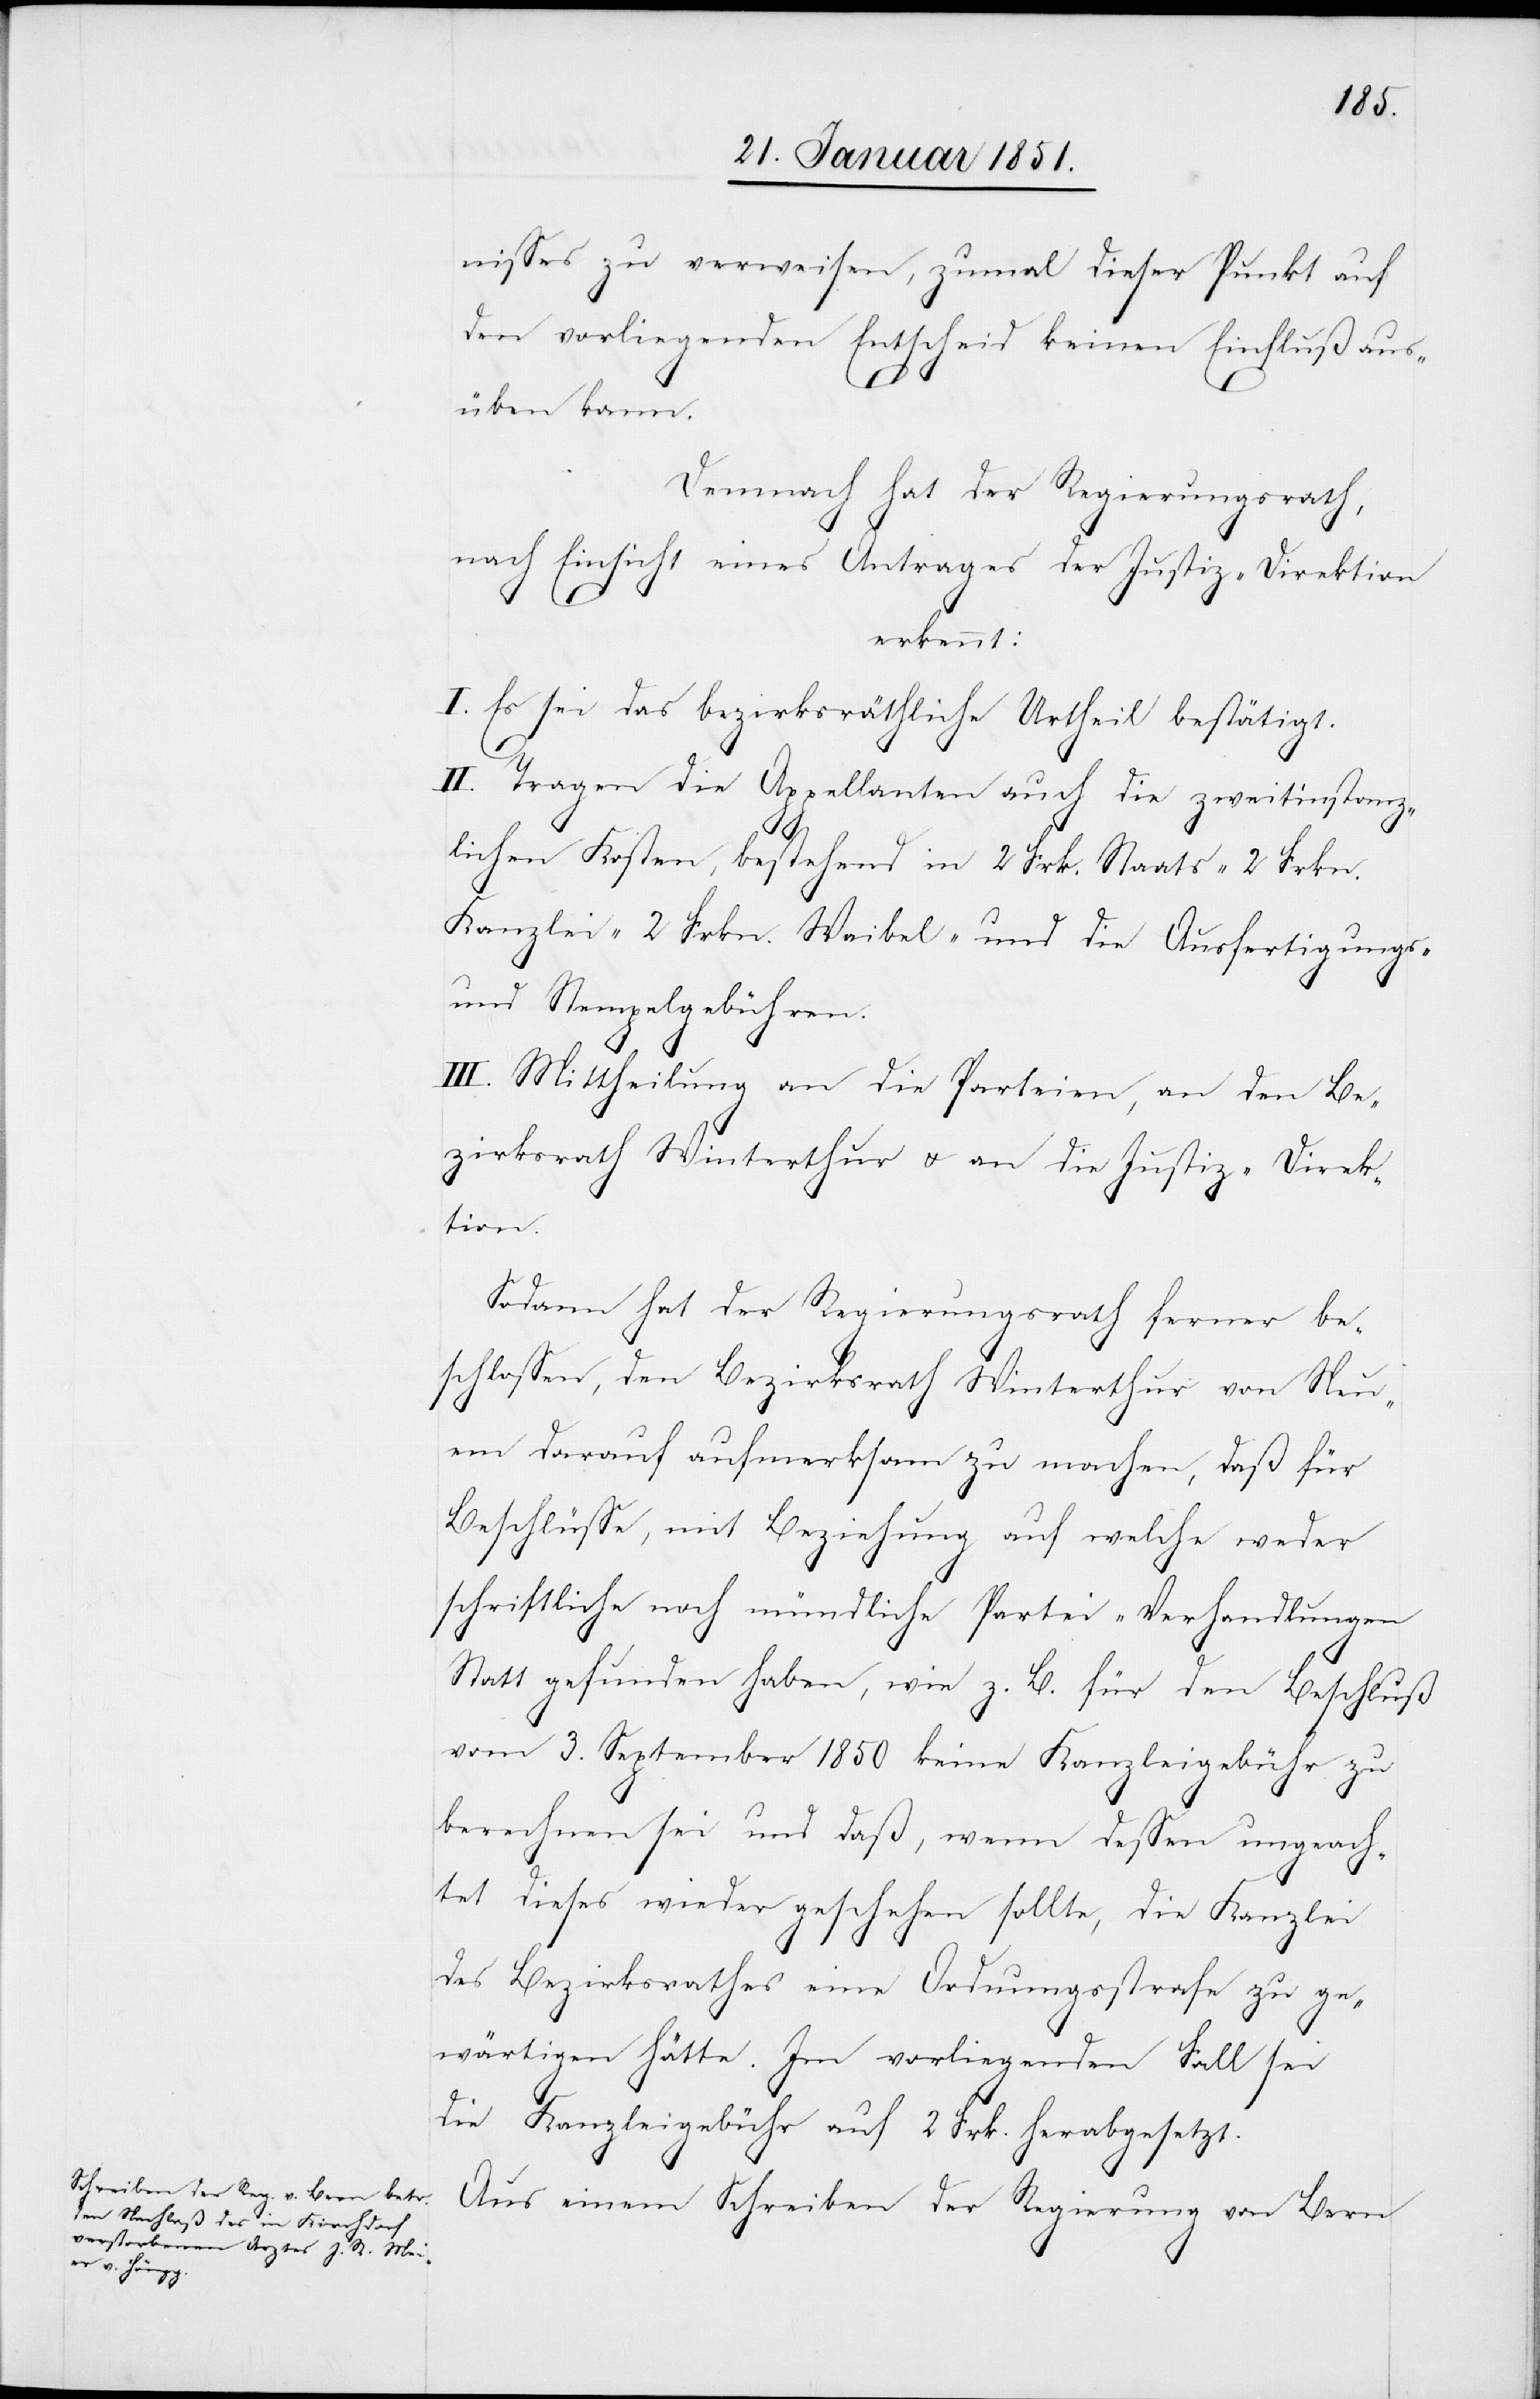
nisses zu verweisen, zumal dieser Punkt auf
den vorliegenden Entscheid keinen Einfluß aus¬
üben kann.
Demnach hat der Regierungsrath,
nach Einsicht eines Antrages der Justiz-Direktion
erkennt:
I. Es sei das bezirksräthliche Urtheil bestätigt.
II. Tragen die Appellanten auch die zweitinstanz¬
lichen Kosten, bestehend in 2 Frk. Staats-[,] 2 Frkn.
Kanzlei-[,] 2 Frkn. Waibel- und die Ausfertigungs-
und Stempelgebühren.
III. Mittheilung an die Parteien, an den Be¬
zirksrath Winterthur u. an die Justiz-Direk¬
tion.
Sodann hat der Regierungsrath ferner be¬
schlossen, den Bezirksrath Winterthur von Neu¬
em darauf aufmerksam zu machen, daß für
Beschlüsse, mit Beziehung auf welche weder
schriftliche noch mündliche Partei-Verhandlungen
Statt gefunden habe[n], wie z. B. für den Beschluß
vom 3. September 1850 keine Kanzleigebühr zu
berechnen sei und daß, wenn dessen ungeach¬
tet dieses wieder geschehen sollte, die Kanzlei
des Bezirksrathes eine Ordnungsstrafe zu ge¬
wärtigen hätte. Im vorliegenden Fall sei
die Kanzleigebühr auf 2 Frk. herabgesetzt.
Aus einem Schreiben der Regierung von Bern